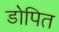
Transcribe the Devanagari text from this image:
डोपित